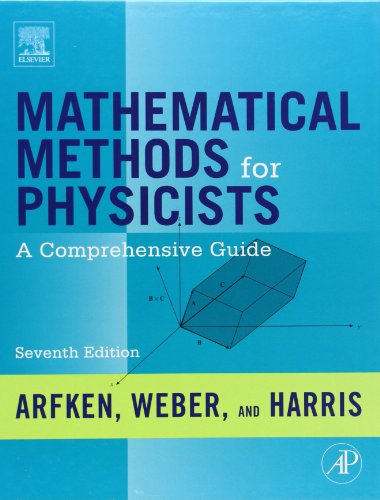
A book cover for Mathematical Methods for Physicists, Seventh Edition: A Comprehensive Guide; George B. Arfken; Science & Math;